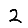
Digit: 2